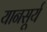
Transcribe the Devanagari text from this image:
यानसूर्य